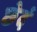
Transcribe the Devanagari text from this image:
छेदं